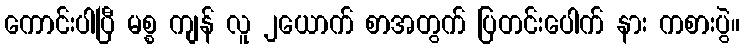
ကောင်းပါပြီ မစ္စ ကျန် လူ ၂ယောက် စာအတွက် ပြတင်းပေါက် နား ကစားပွဲ။